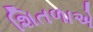
શિતળાએ